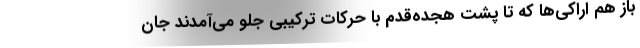
باز هم اراکی‌ها که تا پشت هجده‌قدم با حرکات ترکیبی جلو می‌آمدند جان